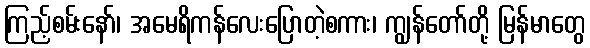
ကြည့်စမ်းနော်၊ အမေရိကန်လေးပြောတဲ့စကား၊ ကျွန်တော်တို့ မြန်မာတွေ